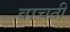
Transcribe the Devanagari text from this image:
वाचती